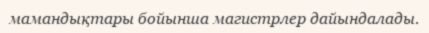
мамандықтары бойынша магистрлер дайындалады.